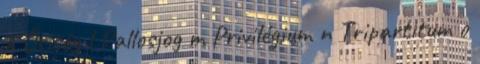
k Ősiség l Pallosjog m Privilégium n Tripartitum o